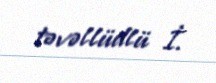
təvəllüdlü İ.